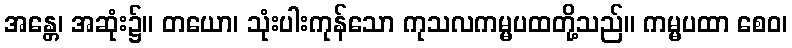
အန္တေ၊ အဆုံး၌။ တယော၊ သုံးပါးကုန်သော ကုသလကမ္မပထတို့သည်။ ကမ္မပထာ စေဝ၊